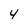
Character: 4